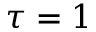
\tau = 1